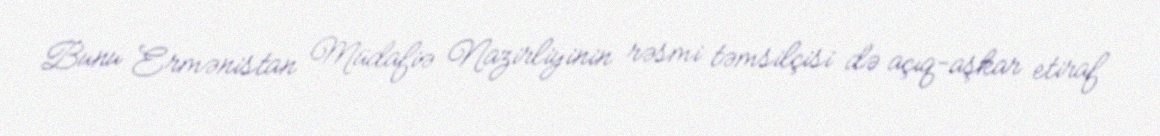
Bunu Ermənistan Müdafiə Nazirliyinin rəsmi təmsilçisi də açıq-aşkar etiraf